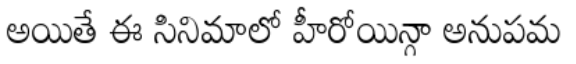
అయితే ఈ సినిమాలో హీరోయిన్గా అనుపమ